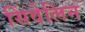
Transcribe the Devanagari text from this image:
सिंवेलिन